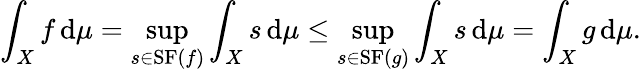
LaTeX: \int_{X}f\, \mathrm{d}\mu=\operatorname*{sup}_{s\in\mathrm{{{SF}}}(f)}\int_{X}s\, \mathrm{d}\mu\leq\operatorname*{sup}_{s\in\mathrm{{{SF}}}(g)}\int_{X}s\, \mathrm{d}\mu=\int_{X}g\, \mathrm{d}\mu.